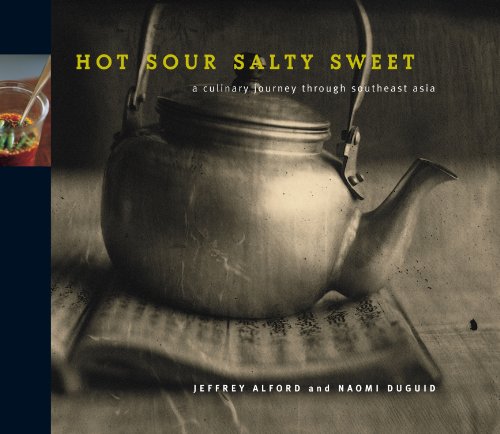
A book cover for Hot Sour Salty Sweet: A Culinary Journey Through Southeast Asia; Jeffrey Alford; Cookbooks, Food & Wine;